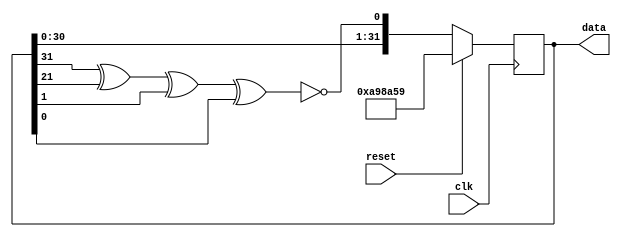
`timescale 1ns / 1ps
//-----------------------------------------------------
// Design Name : lfsr
// Function    : Linear feedback shift register
// Coder       : Deepak Kumar Tala
//-----------------------------------------------------
module lfsr    (
data            ,  // Output of the counter
//enable          ,  // Enable  for counter
clk             ,  // clock input
reset              // reset input
);

//----------Output Ports--------------
//output [31:0] out;
//------------Input Ports--------------
//inout [31:0] data;
input  clk, reset;
//------------Internal Variables--------
output reg [31:0] data;
//output reg [31:0] out;
wire  linear_feedback;

//-------------Code Starts Here-------
assign linear_feedback = !(data[31] ^ data[21] ^ data[1] ^ data[0]);
//assign out =data;
always @(posedge clk)
if (reset) begin // active high reset
  data <= 32'd11111001 ;
end else  begin
  data <= {data[30],data[29],data[28],data[27],data[26],data[25],data[24],data[23],
          data[22],data[21],data[20],data[19],data[18],data[17],data[16],data[15],data[14],
          data[13],data[12],data[11],data[10],data[9] ,data[8],data[7],data[6],data[5],
			 data[4],data[3],data[2],data[1],data[0],linear_feedback};
//out <= data;
end 


endmodule  // End Of Module counter